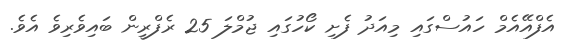
އެފްއޭއެމް ހައުސްގައި މިއަދު ފެށި ކޯހުގައި ޖުމްލަ 25 ރެފްރީން ބައިވެރިވެ އެވެ.